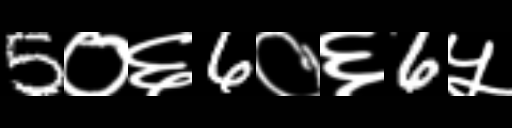
Text: 5०६6०६6५